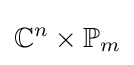
\mathbb {C} ^{n}\times \mathbb {P} _{m}